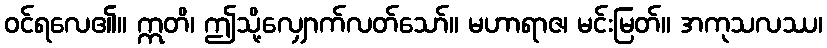
ဝင်ရလေ၏။ ဣတိ၊ ဤသို့လျှောက်လတ်သော်။ မဟာရာဇ၊ မင်းမြတ်။ အကုသလဿ၊